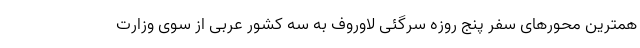
همترین محورهای سفر پنج روزه سرگئی لاوروف به سه کشور عربی از سوی وزارت